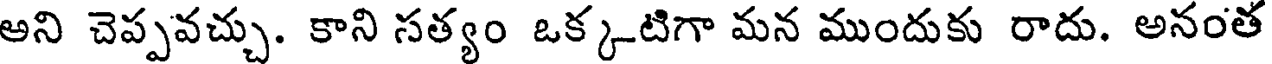
అని చెప్పవచ్చు. కాని సత్యం ఒక్కటిగా మన ముందుకు రాదు. అనంత